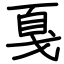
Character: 戛